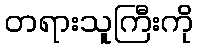
တရားသူကြီးကို